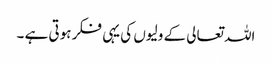
اللہ تعالی کے ولیوں کی یہی فکر ہوتی ہے ۔